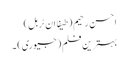
احسن رحیم (طیفا ان ٹربل)
بہترین فلم (جیوری) ۔